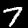
Label: 7